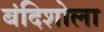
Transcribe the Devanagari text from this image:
बंदिशोला